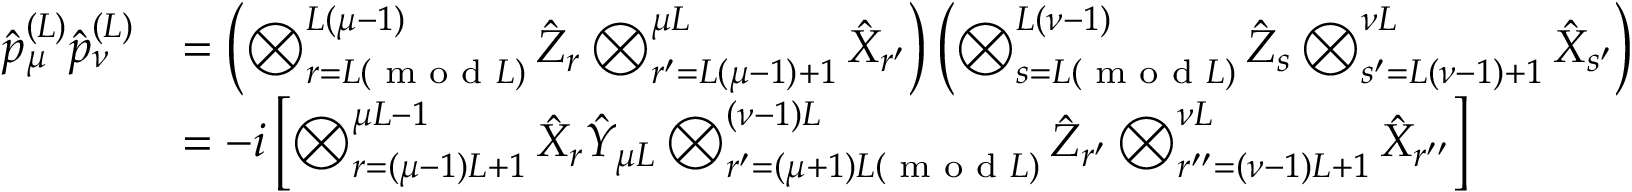
\begin{array} { r l } { \hat { p } _ { \mu } ^ { ( L ) } \hat { p } _ { \nu } ^ { ( L ) } } & { = \left( \bigotimes _ { r = L ( \textrm { m o d } L ) } ^ { L ( \mu - 1 ) } \hat { Z } _ { r } \bigotimes _ { r ^ { \prime } = L ( \mu - 1 ) + 1 } ^ { \mu L } \hat { X } _ { r ^ { \prime } } \right) \left( \bigotimes _ { s = L ( \textrm { m o d } L ) } ^ { L ( \nu - 1 ) } \hat { Z } _ { s } \bigotimes _ { s ^ { \prime } = L ( \nu - 1 ) + 1 } ^ { \nu L } \hat { X } _ { s ^ { \prime } } \right) } \\ & { = - i \left[ \bigotimes _ { r = ( \mu - 1 ) L + 1 } ^ { \mu L - 1 } \hat { X } _ { r } \hat { Y } _ { \mu L } \bigotimes _ { r ^ { \prime } = ( \mu + 1 ) L ( \textrm { m o d } L ) } ^ { ( \nu - 1 ) L } \hat { Z } _ { r ^ { \prime } } \bigotimes _ { r ^ { \prime \prime } = ( \nu - 1 ) L + 1 } ^ { \nu L } \hat { X } _ { r ^ { \prime \prime } } \right] } \end{array}